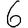
Digit: 6